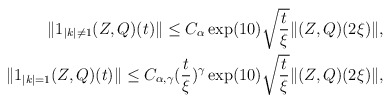
\begin{align*} \|1_{|k|\neq 1}(Z, Q)(t)\| \leq C_{\alpha} \exp(10) \sqrt{\frac{t}{\xi}} \|(Z, Q)(2\xi)\|, \\ \|1_{|k|=1}(Z, Q)(t)\| \leq C_{\alpha, \gamma} (\frac{t}{\xi})^{\gamma} \exp(10) \sqrt{\frac{t}{\xi}} \|(Z, Q)(2\xi)\|, \end{align*}